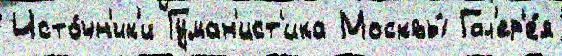
Исто́чн'ик'и Гуман'ист'ика Москвы́ Гал'ер'е́я